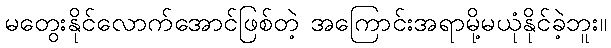
မတွေးနိုင်လောက်အောင်ဖြစ်တဲ့ အကြောင်းအရာမို့မယုံနိုင်ခဲ့ဘူး။